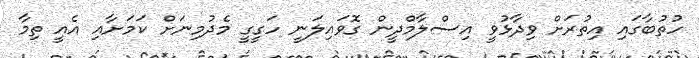
ހުތުބާގައި އިތުރަށް ވިދާޅުވީ އިސްލާމްދީން ގޮވައިލަނީ ހަގީގީ މެދުމިނަށް ކަމަށާއި އެއީ ތިމާ